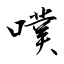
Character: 噗